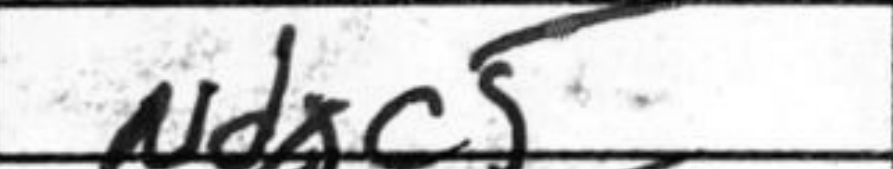
Transcription: Ndxc5